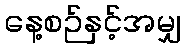
နေ့စဉ်နှင့်အမျှ